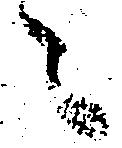
々